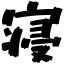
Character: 寝